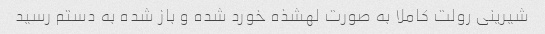
شیرینی رولت کاملا به صورت لهشذه خورد شده و باز شده به دستم رسید